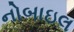
નોબાઇલ